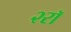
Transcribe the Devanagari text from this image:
२रॉ